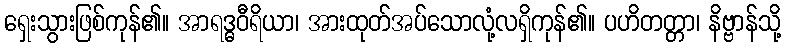
ရှေးသွားဖြစ်ကုန်၏။ အာရဒ္ဓဝီရိယာ၊ အားထုတ်အပ်သောလုံ့လရှိကုန်၏။ ပဟိတတ္တာ၊ နိဗ္ဗာန်သို့